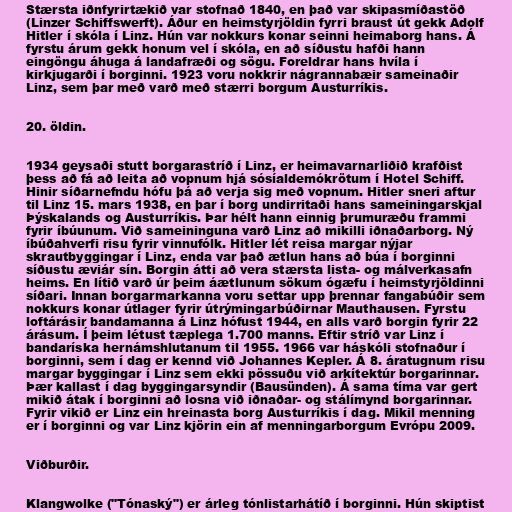
Stærsta iðnfyrirtækið var stofnað 1840, en það var skipasmíðastöð
(Linzer Schiffswerft). Áður en heimstyrjöldin fyrri braust út gekk Adolf
Hitler í skóla í Linz. Hún var nokkurs konar seinni heimaborg hans. Á
fyrstu árum gekk honum vel í skóla, en að síðustu hafði hann
eingöngu áhuga á landafræði og sögu. Foreldrar hans hvíla í
kirkjugarði í borginni. 1923 voru nokkrir nágrannabæir sameinaðir
Linz, sem þar með varð með stærri borgum Austurríkis.

20. öldin.

1934 geysaði stutt borgarastríð í Linz, er heimavarnarliðið krafðist
þess að fá að leita að vopnum hjá sósíaldemókrötum í Hotel Schiff.
Hinir síðarnefndu hófu þá að verja sig með vopnum. Hitler sneri aftur
til Linz 15. mars 1938, en þar í borg undirritaði hans sameiningarskjal
Þýskalands og Austurríkis. Þar hélt hann einnig þrumuræðu frammi
fyrir íbúunum. Við sameininguna varð Linz að mikilli iðnaðarborg. Ný
íbúðahverfi risu fyrir vinnufólk. Hitler lét reisa margar nýjar
skrautbyggingar í Linz, enda var það ætlun hans að búa í borginni
síðustu æviár sín. Borgin átti að vera stærsta lista- og málverkasafn
heims. En lítið varð úr þeim áætlunum sökum ógæfu í heimstyrjöldinni
síðari. Innan borgarmarkanna voru settar upp þrennar fangabúðir sem
nokkurs konar útlager fyrir útrýmingarbúðirnar Mauthausen. Fyrstu
loftárásir bandamanna á Linz hófust 1944, en alls varð borgin fyrir 22
árásum. Í þeim létust tæplega 1.700 manns. Eftir stríð var Linz í
bandaríska hernámshlutanum til 1955. 1966 var háskóli stofnaður í
borginni, sem í dag er kennd við Johannes Kepler. Á 8. áratugnum risu
margar byggingar í Linz sem ekki pössuðu við arkítektúr borgarinnar.
Þær kallast í dag byggingarsyndir (Bausünden). Á sama tíma var gert
mikið átak í borginni að losna við iðnaðar- og stálímynd borgarinnar.
Fyrir vikið er Linz ein hreinasta borg Austurríkis í dag. Mikil menning
er í borginni og var Linz kjörin ein af menningarborgum Evrópu 2009.

Viðburðir.

Klangwolke ("Tónaský") er árleg tónlistarhátíð í borginni. Hún skiptist